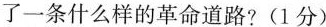
了一条什么样的革命道路？(1分)